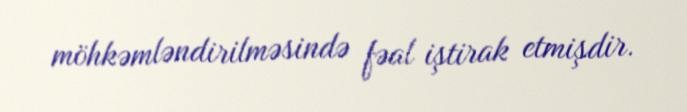
möhkəmləndirilməsində fəal iştirak etmişdir.